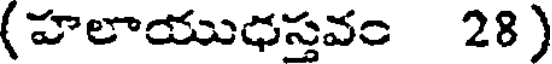
(హలాయుధస్తవం 28 )